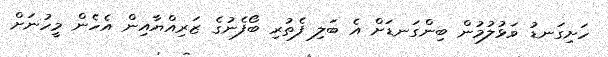
ހަށިގަނޑު ވަޅުލުމުން ބިންގަނޑަށް އެ ބަލި ފެތުރި ބޯފެނުގެ ޒަރިއްޔާއިން އެހެން މީހުނަށް